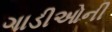
ગાડીઓની